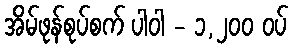
အိမ်ဖုန်စုပ်စက် ပါဝါ - ၁,၂၀၀ ဝပ်